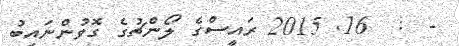
-  :  16